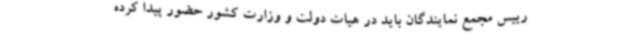
رییس مجمع نمایندگان باید در هیات دولت و وزارت کشور حضور پیدا کرده